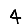
Digit: 4